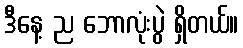
ဒီနေ့ ည ဘောလုံးပွဲ ရှိတယ်။